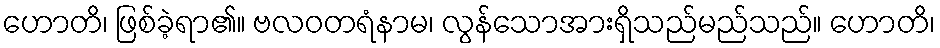
ဟောတိ၊ ဖြစ်ခဲ့ရာ၏။ ဗလဝတရံနာမ၊ လွန်သောအားရှိသည်မည်သည်။ ဟောတိ၊